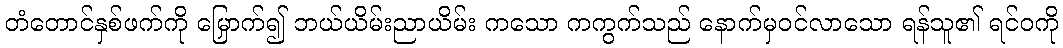
တံတောင်နှစ်ဖက်ကို မြှောက်၍ ဘယ်ယိမ်းညာယိမ်း ကသော ကကွက်သည် နောက်မှဝင်လာသော ရန်သူ၏ ရင်ဝကို